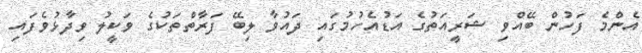
އެންމެ ފަހުން ބޭއްވި ޝަރީއަތުގެ އަޑުއެހުމުގައި ދައުވާ ލިބޭ ފަރާތްތަކުގެ ވަކީލު ވިދާޅުވެފައި